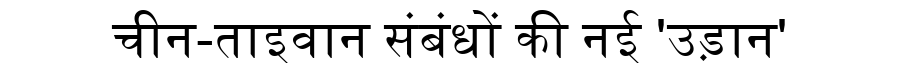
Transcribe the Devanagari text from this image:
चीन-ताइवान संबंधों की नई 'उड़ान'